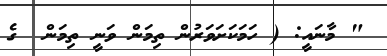
" މާނައީ: ( ހަމަކަށަވަރުން ތިމަން ވަނީ ތިމަން  ގެ